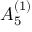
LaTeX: { A } _ { 5 } ^ { ( 1 ) }